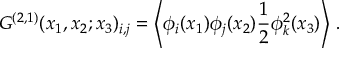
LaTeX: G ^ { ( 2 , 1 ) } ( x _ { 1 } , x _ { 2 } ; x _ { 3 } ) _ { i , j } = \left\langle { \phi } _ { i } ( x _ { 1 } ) { \phi } _ { j } ( x _ { 2 } ) \frac { 1 } { 2 } { \phi } _ { k } ^ { 2 } ( x _ { 3 } ) \right\rangle \, .